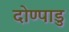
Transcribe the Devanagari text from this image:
दोण्पाडु